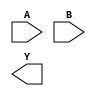
module sky130_fd_sc_hd__nor2 (
    //# {{data|Data Signals}}
    input  A,
    input  B,
    output Y
);

    // Voltage supply signals
    supply1 VPWR;
    supply0 VGND;
    supply1 VPB ;
    supply0 VNB ;

endmodule